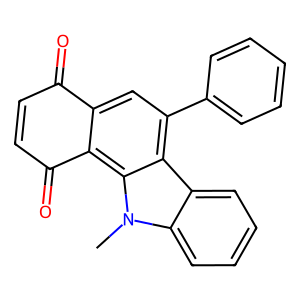
SMILES: Cn1c2ccccc2c2c(-c3ccccc3)cc3c(c21)C(=O)C=CC3=O
Inhibits HIV replication: No